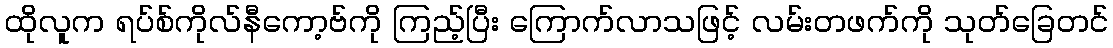
ထိုလူက ရပ်စ်ကိုလ်နီကော့ဗ်ကို ကြည့်ပြီး ကြောက်လာသဖြင့် လမ်းတဖက်ကို သုတ်ခြေတင်